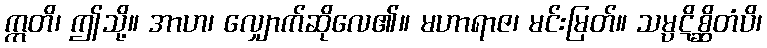
ဣတိ၊ ဤသို့။ အာဟ၊ လျှောက်ဆိုလေ၏။ မဟာရာဇ၊ မင်းမြတ်။ သမ္ပဋိစ္ဆိတံပိ၊